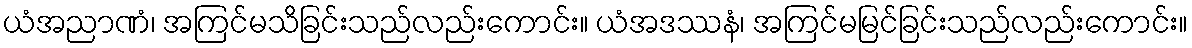
ယံအညာဏံ၊ အကြင်မသိခြင်းသည်လည်းကောင်း။ ယံအဒဿနံ၊ အကြင်မမြင်ခြင်းသည်လည်းကောင်း။